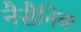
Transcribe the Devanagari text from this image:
नैसैनिक